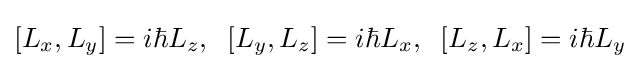
[L_{x},L_{y}]=i\hbar L_{z},\;\;[L_{y},L_{z}]=i\hbar L_{x},\;\;[L_{z},L_{x}]=i\hbar L_{y}